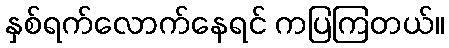
နှစ်ရက်လောက်နေရင် ကပြကြတယ်။